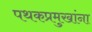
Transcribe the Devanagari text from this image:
पथकप्रमुखांना